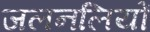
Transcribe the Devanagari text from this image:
जलनलियों